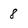
Character: 8